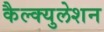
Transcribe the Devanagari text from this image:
कैल्क्युलेशन